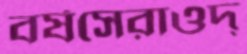
বর্ষসেরাওদ্